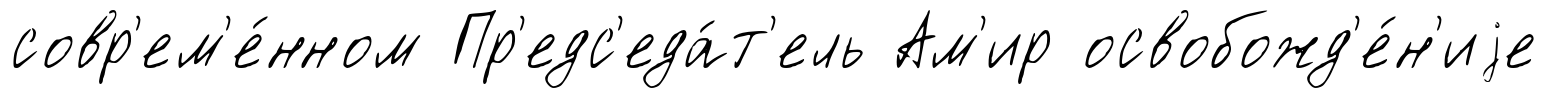
совр'ем'е́нном Пр'едс'еда́т'ель Ам'ир освобожд'е́н'иjе